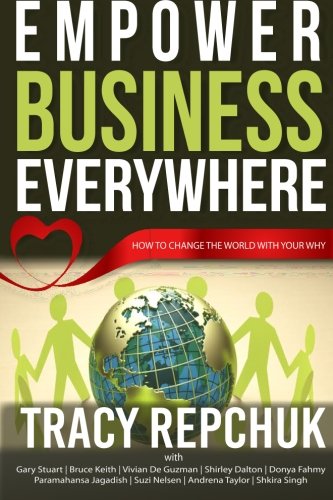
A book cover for Empower Business Everywhere: How to Change the World with Your Why; Tracy Repchuk; Business & Money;